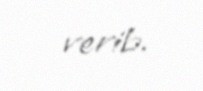
verib.